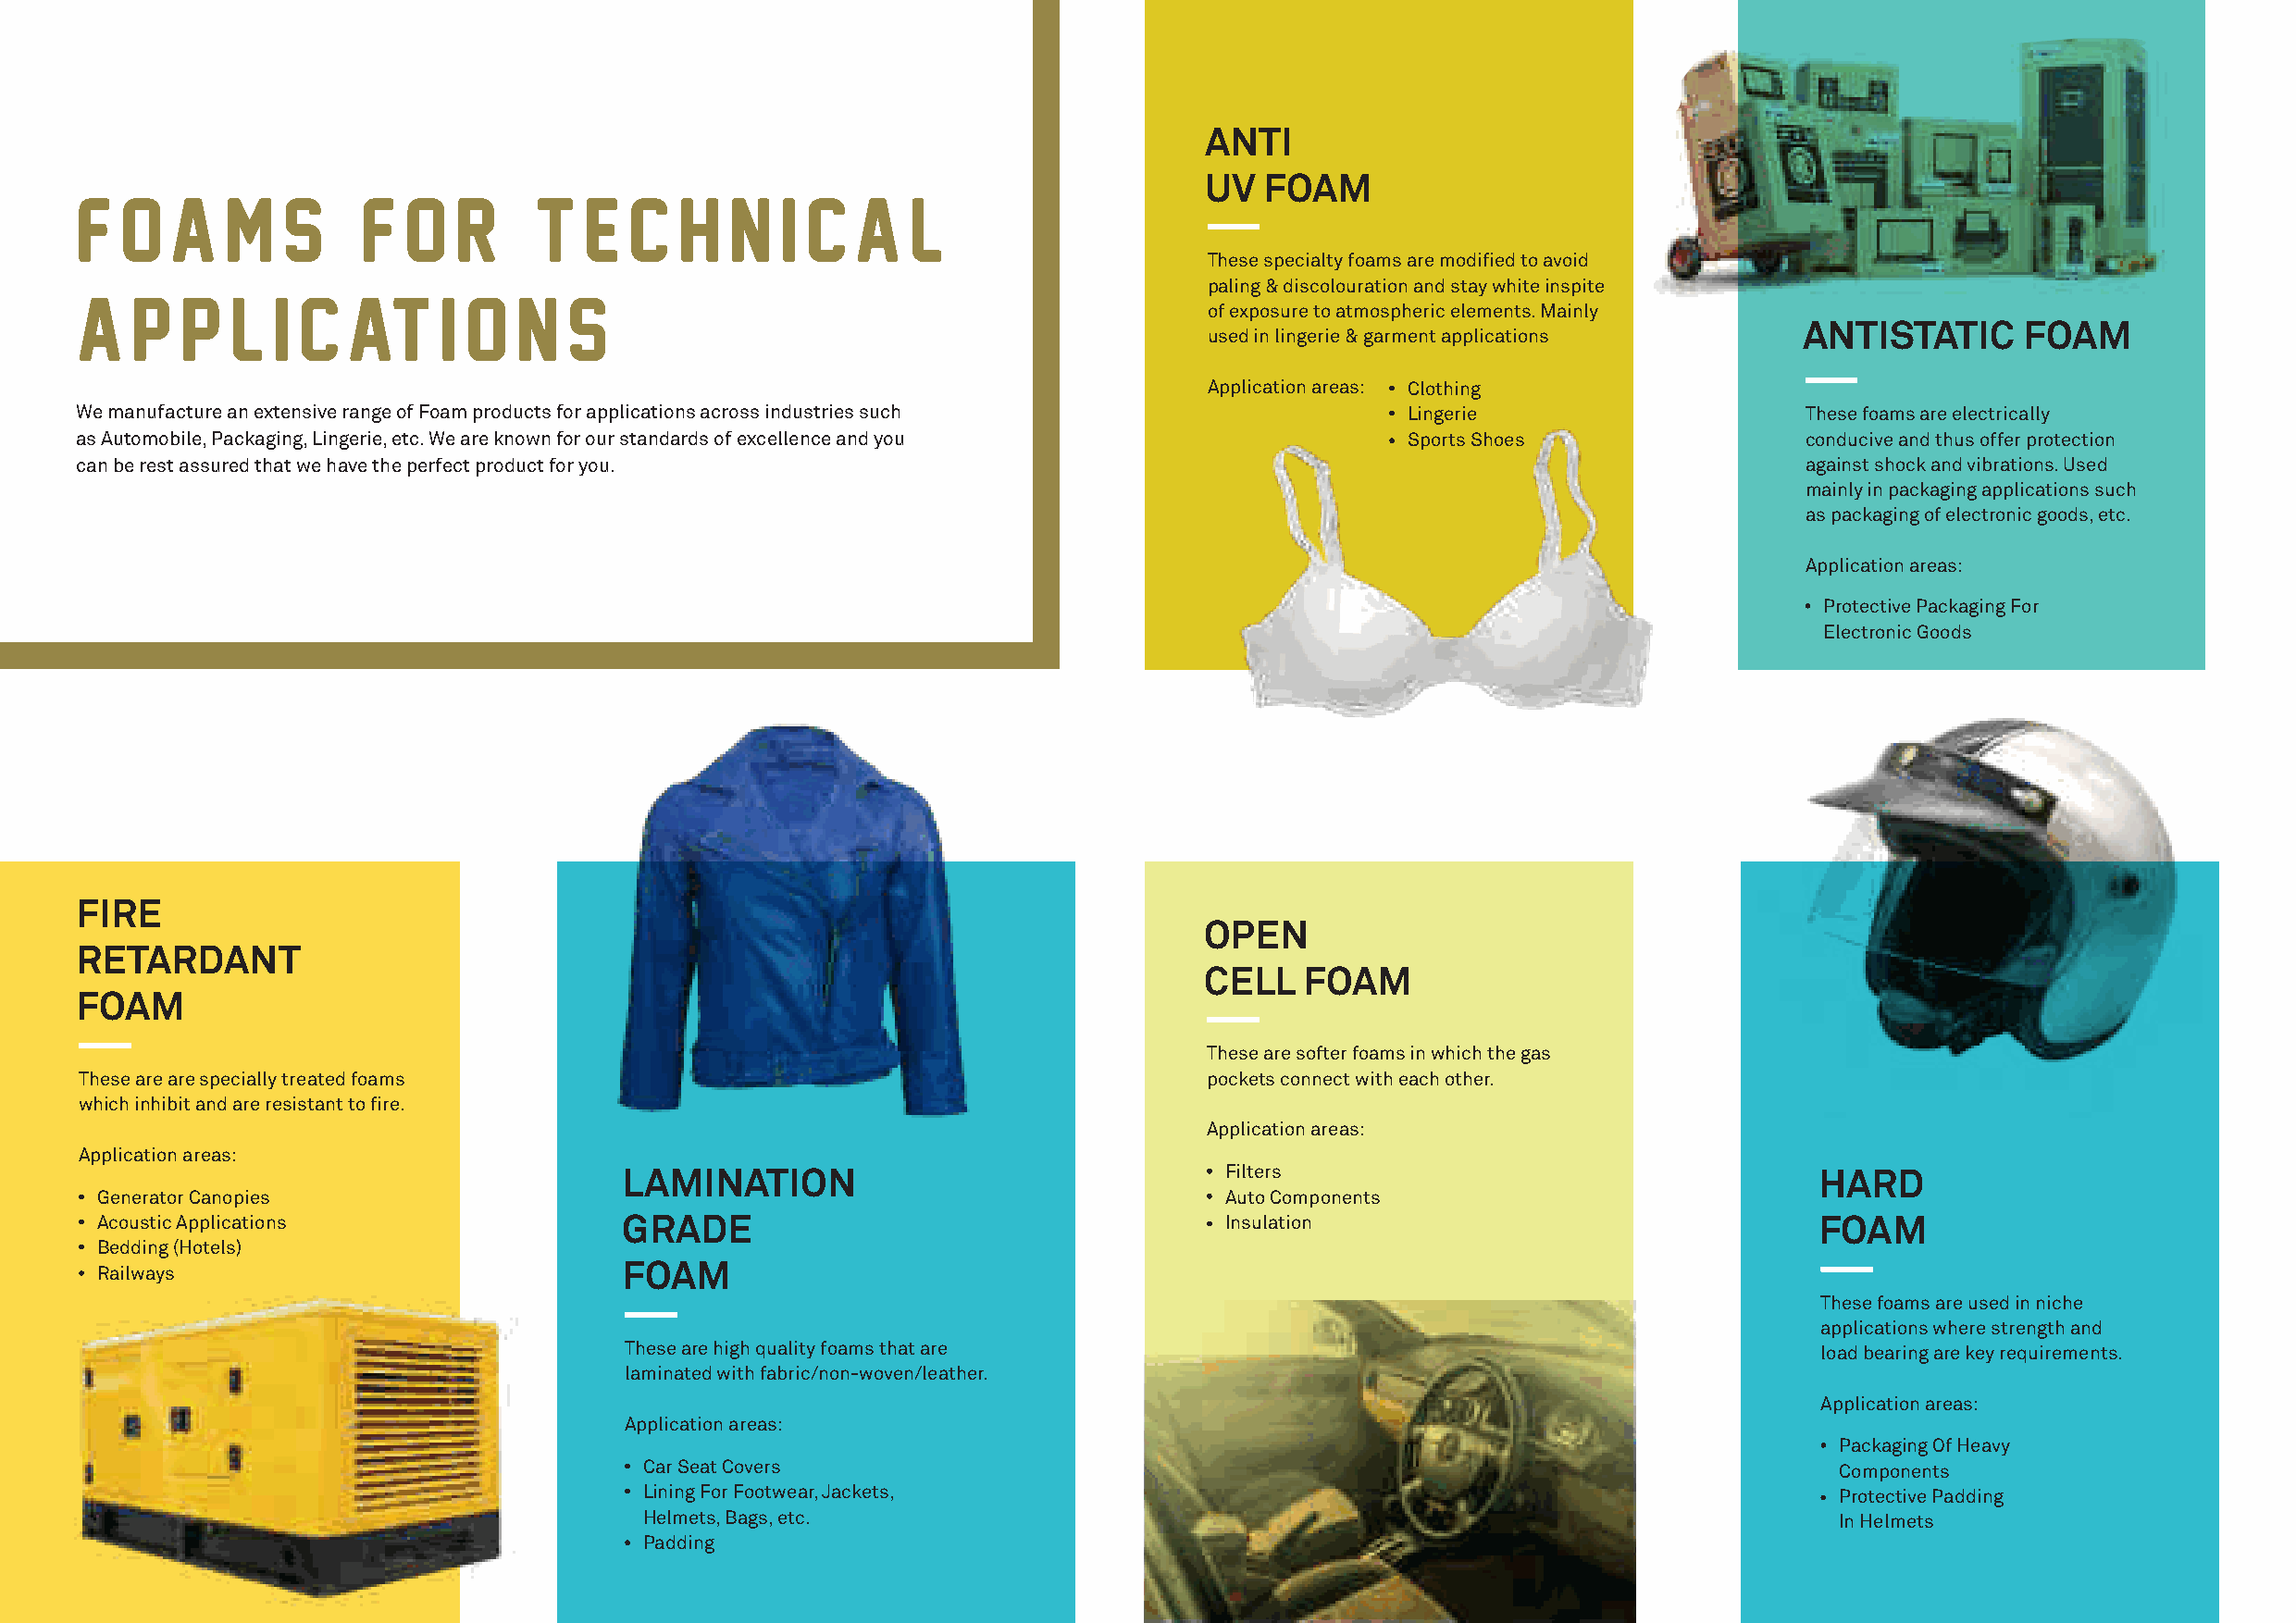
ANTI
 UV  FOAM
 F   O  A   M   S     F  O   R    T   E  C   H  N   I C  A   L
 These specialty foams are modified to avoid
 A   P   P  L   I C  AT    I O   N   S                                            paling & discolouration and stay white inspite
 of exposure to atmospheric elements. Mainly
 ANTISTATIC      FOAM
 used in lingerie & garment applications
 Application areas: Clothing
 We manufacture an extensive range of Foam products for applications across industries such      Lingerie                    These foams are electrically
 as Automobile, Packaging, Lingerie, etc. We are known for our standards of excellence and you   Sports Shoes                conducive and thus offer protection
 can be rest assured that we have the perfect product for you.                                                               against shock and vibrations. Used
 mainly in packaging applications such
 as packaging of electronic goods, etc.
 Application areas:
 Protective Packaging For
 Electronic Goods
 FIRE
 OPEN
 RETARDANT
 CELL   FOAM
 FOAM
 These are softer foams in which the gas
 These are are specially treated foams                                           pockets connect with each other.
 which inhibit and are resistant to fire.
 Application areas:
 Application areas:
 LAMINATION                                 Filters                                   HARD
 Generator Canopies                                                               Auto Components
 Acoustic Applications                 GRADE                                      Insulation                                FOAM
 Bedding (Hotels)
 Railways                              FOAM
 These foams are used in niche
 applications where strength and
 These are high quality foams that are                                                load bearing are key requirements.
 laminated with fabric/non-woven/leather.
 Application areas:
 Application areas:
 Packaging Of Heavy
 Car Seat Covers                                                                       Components
 Lining For Footwear, Jackets,                                                         Protective Padding
 Helmets, Bags, etc.                                                                   In Helmets
 Padding